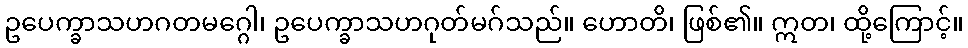
ဥပေက္ခာသဟဂတမဂ္ဂေါ၊ ဥပေက္ခာသဟဂုတ်မဂ်သည်။ ဟောတိ၊ ဖြစ်၏။ ဣတ၊ ထို့ကြောင့်။